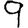
Digit: 9